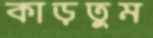
কাড়তুম